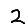
Digit: 2